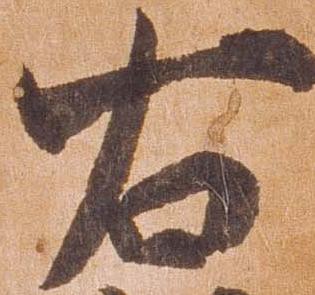
右